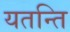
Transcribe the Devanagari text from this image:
यतन्ति